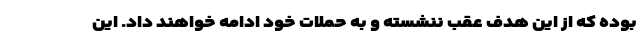
بوده که از این هدف عقب ننشسته و به حملات خود ادامه خواهند داد. این